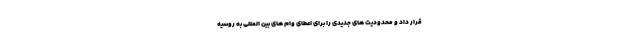
قرار داد و محدودیت های جدیدی را برای اعطای وام های بین المللی به روسیه